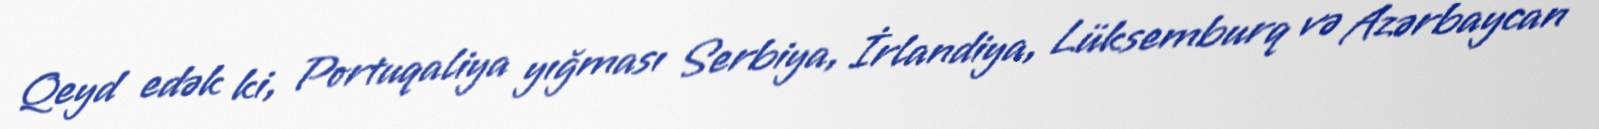
Qeyd edək ki, Portuqaliya yığması Serbiya, İrlandiya, Lüksemburq və Azərbaycan